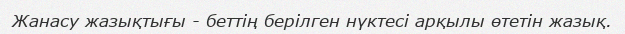
Жанасу жазықтығы - беттің берілген нүктесі арқылы өтетін жазық.